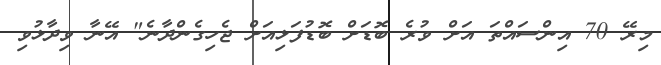
މިރޭ 70 އިންސައްތަ އަށް ވުރެ ބޮޑަށް ބޮޑުފަޅިއަށް ޖެހިގެންދާނެ" އޭނާ ވިދާޅުވި